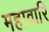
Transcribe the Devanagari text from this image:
महावारि